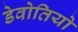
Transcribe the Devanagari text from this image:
डेवोतियो